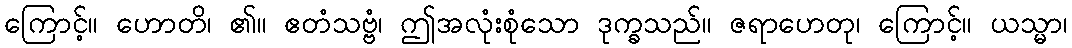
ကြောင့်။ ဟောတိ၊ ၏။ ဧတံသဗ္ဗံ၊ ဤအလုံးစုံသော ဒုက္ခသည်။ ဇရာဟေတု၊ ကြောင့်။ ယသ္မာ၊